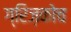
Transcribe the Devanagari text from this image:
ग्रिज़कोच